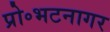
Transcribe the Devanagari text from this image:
प्रो॰भटनागर